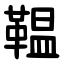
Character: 鞰